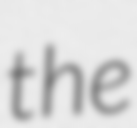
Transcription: the